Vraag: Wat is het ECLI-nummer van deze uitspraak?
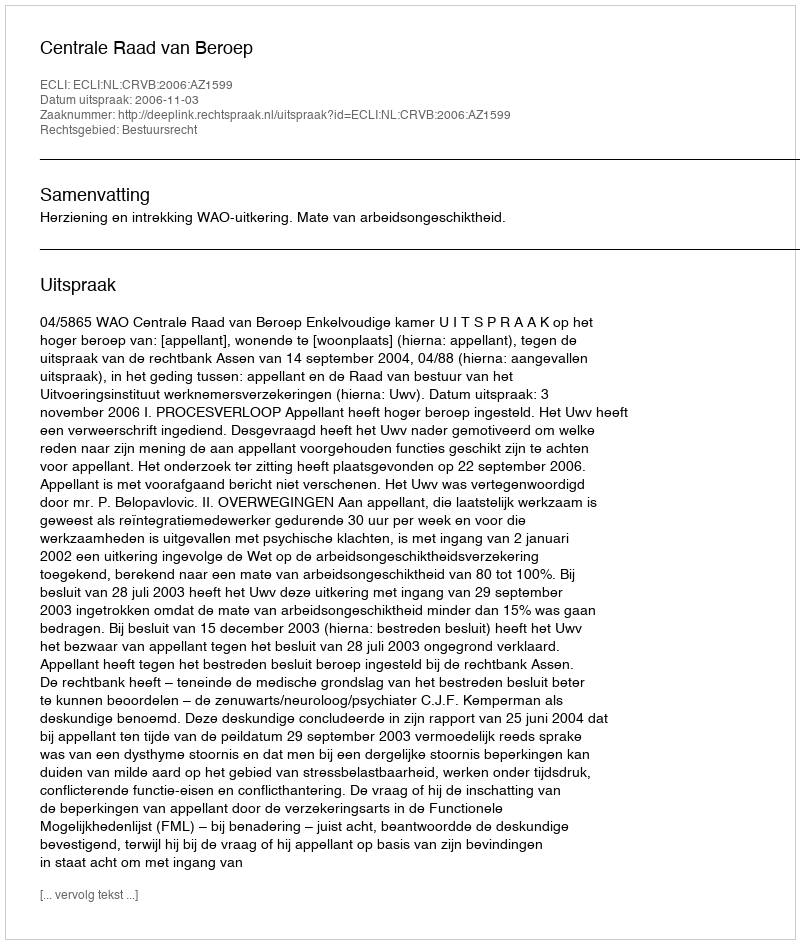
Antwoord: ECLI:NL:CRVB:2006:AZ1599